Annual report of the Imperial Bacteriologist
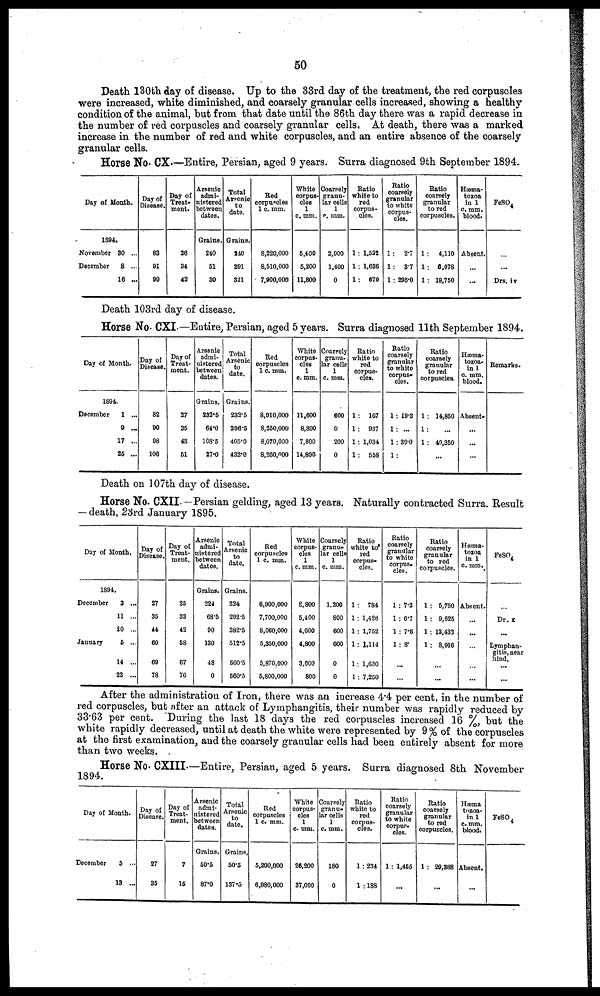
50
Death 130th day of disease. Up to the 33rd day of the treatment, the red corpuscles
were increased, white diminished, and coarsely granular cells increased, showing a healthy
condition of the animal, but from that date until the 86th day there was a rapid decrease in
the number of red corpuscles and coarsely granular cells. At death, there was a marked
increase in the number of red and white corpuscles, and an entire absence of the coarsely
granular cells.
Horse No. CX.—Entire, Persian, aged 9 years. Surra diagnosed 9th September 1894.
Day of Month.
1894.
November 30 ...
December
8 ...
16 ...
Day of
Disease.
83
91
99
Day of
Treat-
ment.
26
34
42
Arsenic
admi-
nistered
between
dates.
Grains.
240
51
30
Total
Arsenic
to
date.
Grains.
240
291
321
Red
corpuscles
1 c. mm.
8,220,000
8,510,000
7,900,000
White
corpus-
-les
1
c. mm.
5.400
5,200
11,800
Coarsely
granu-
lar cells
1
c. mm.
2,000
1,400
0
Ratio
white to
red
corpus-
cles.
1: 1.522
1 : 1,636
1: 670
Ratio
coarsely
granular
to white
corpus-
cles.
1: 2.7
1: 3.7
1: 295.0
Ratio
coarsely
granular
to red
corpuscles.
1: 4,110
1: 6,078
1: 19,750
Hæma-
tozoa
in 1
c. mm.
blood.
Absent.
...
...
FeSO 4
...
Drs. iv
Death 103rd day of disease.
Horse No. CXI.—Entire, Persian, aged 5 years. Surra diagnosed 11th September 1894.
Day of Month.
1894.
December
1 ...
9 ...
17 ...
25 ...
Day of
Disease.
82
90
98
106
Day of
Treat-
ment.
27
35
43
51
Arsenic
admi-
nistered
between
dates.
Grains.
232.5
64.0
108.5
27.0
Total
Arsenic
to
date.
Grains.
232.5
296.5
405.0
432.0
Red
corpuscles
1 c. mm.
8,910,000
8,250,000
8,070,000
8,260,000
White
corpus-
cles
1
c. mm.
11,600
8,800
7,800
14,800
Coarsely
granu-
lar cells
1
c. mm.
600
0
200
0
Ratio
white to
red
corpus-
cles.
1: 167
1: 937
1: 1,034
1: 558
Ratio
coarsely
granular
to white
corpus-
cles.
1 : 19.3
1: ...
1:39.0
1:
Ratio
coarsely
granular
to red
corpuscles.
1: 14,850
1: ...
1: 40,350
...
Hæma-
tozoa-
in l
c. mm.
blood.
Absent.
...
...
...
Remarks.
Death on 107th day of disease.
Horse No. CXII.—Persian gelding, aged 13 years. Naturally contracted Surra. Result
— death, 23rd January 1895.
Day of Month.
1894.
December
3 ...
11 ...
20 ...
January
5 ...
14 ...
23 ...
Day of
Disease.
27
35
44
60
69
78
Day of
Treat-
ment.
25
33
42
58
67
76
Arsenic
admi-
nistered
between
dates.
Grains.
224
68.5
90
130
48
0
Total
Arsenic
to
date.
Grains.
224
292.5
382.5
512.5
560.5
560.5
Red
corpuscles
1 c. mm.
6,900,000
7,700,000
8,060,000
5,350,000
5,870,000
5,800,000
White
corpus-
cles
1
c. mm.
8,800
5,400
4,600
4,800
3,600
800
Coarsely
granu-
lar cells
1
c. mm.
1.200
800
600
600
0
0
Ratio
white to
red
corpus-
cles.
1: 784
1: 1,426
1: 1,752
1 : 1,114
1: 1,630
1 : 7,250
Ratio
coarsely
granular
to white
corpus-
cles.
1 : 7.3
1: 6.7
1: 7.6
1: 8
...
...
Ratio
coarsely
granular
to red
corpuscles.
1: 5,750
1: 9,625
1 : 13,433
1: 8,916
...
...
Hæma-
tozoa
in 1
c. mm.
Absent.
...
...
...
...
...
FeSO 4
Dr. x
...
Lymphan-
gitis, near
hind.
...
After the administration of Iron, there was an increase 4.4 per cent. in the number of
red corpuscles, but after an attack of Lymphangitis, their number was rapidly reduced by
33.63 per cent. During the last 18 days the red corpuscles increased 16 %, but the
white rapidly decreased, until at death the white were represented by 9 % of the corpuscles
at the first examination, and the coarsely granular cells had been entirely absent for more
than two weeks.
Horse No. CXIII.—Entire, Persian, aged 5 years. Surra diagnosed 8th November
1894.
Day of Month.
December
5 ...
13 ...
Day of
Disease.
27
35
Day of
Treat-
ment.
7
15
Arsenic
admi-
nistered
between
dates.
Grains.
50.5
87.0
Total
Arsenic
to
date.
Grains.
50.5
137.5
Red
corpuscles
1 c. mm.
5,290,000
6,980,000
White
corpus-
cles
1
c. mm.
26,200
37,000
Coarsely
granu-
lar cells
1
c. mm.
180
0
Ratio
white to
red
corpus-
cles.
1:234
1 :188
Ratio
coarsely
granular
to white
corpus-
cles.
1: 1,455
...
Ratio
coarsely
granular
to red
corpuscles.
1 : 29,388
...
Hæma
tozoa-
in 1
c.mm.
blood.
Absent.
...
FeSO 4